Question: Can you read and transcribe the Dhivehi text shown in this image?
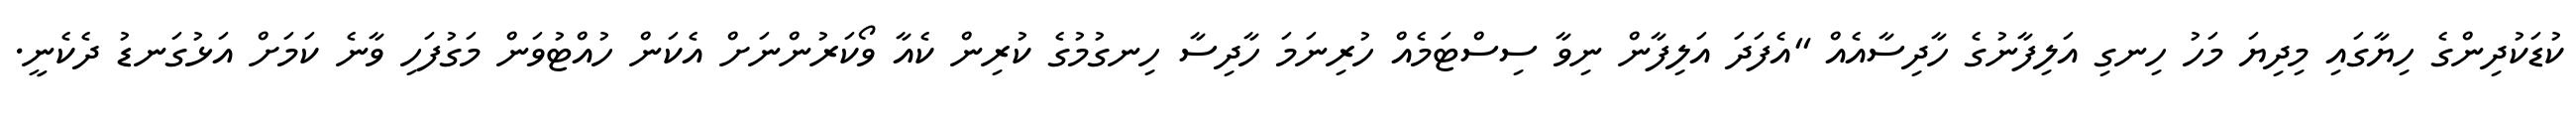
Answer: ކުޑަކުދިންގެ ހިޔާގައި މިދިޔަ މަހު ހިނގި އަލިފާނުގެ ހާދިސާއެއް "އެފަދަ އަލިފާން ނިވާ ސިސްޓަމެއް ހުރިނަމަ ހާދިސާ ހިނގުމުގެ ކުރިން ކެއާ ވޯކަރުންނަށް އެކަން ހުއްޓުވަން މަގުފަހި ވާނެ ކަމަށް އަޅުގަނޑު ދެކެނީ.